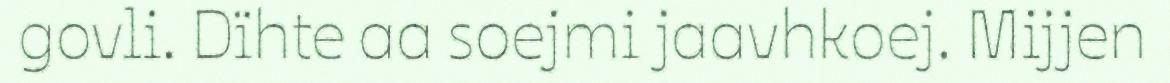
govli. Dïhte aa soejmi jaavhkoej. Mijjen